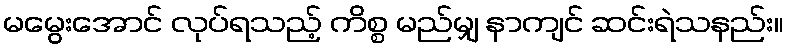
မမွေးအောင် လုပ်ရသည့် ကိစ္စ မည်မျှ နာကျင် ဆင်းရဲသနည်း။